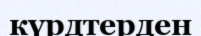
күрдтерден